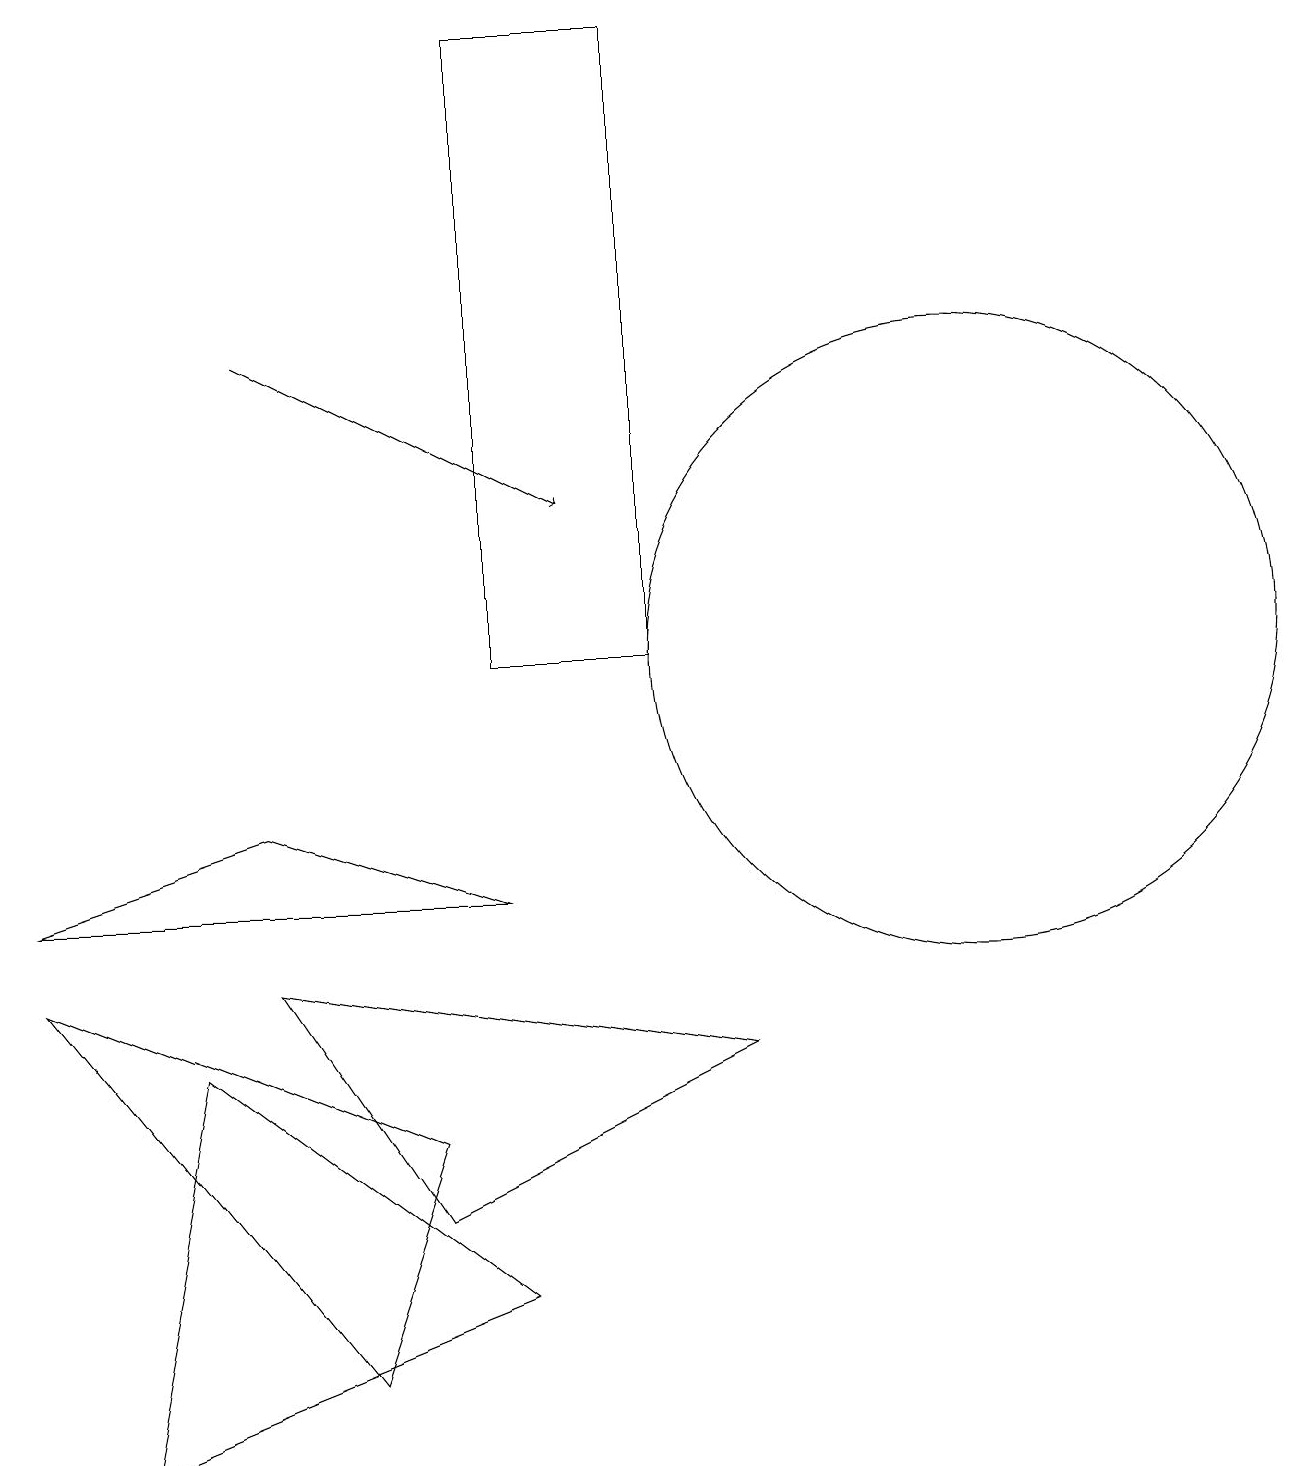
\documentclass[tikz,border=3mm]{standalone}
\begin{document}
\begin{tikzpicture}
\draw (12,10) circle (4);
\draw (6,7) -- (3,8) -- (0,7) -- cycle;
\draw[->] (3,14) -- (7,12);
\draw (8,10) rectangle (6,18);
\draw (0,6) -- (4,1) -- (5,4) -- cycle;
\draw (9,5) -- (3,6) -- (5,3) -- cycle;
\draw (2,5) -- (1,0) -- (6,2) -- cycle;
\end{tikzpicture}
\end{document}